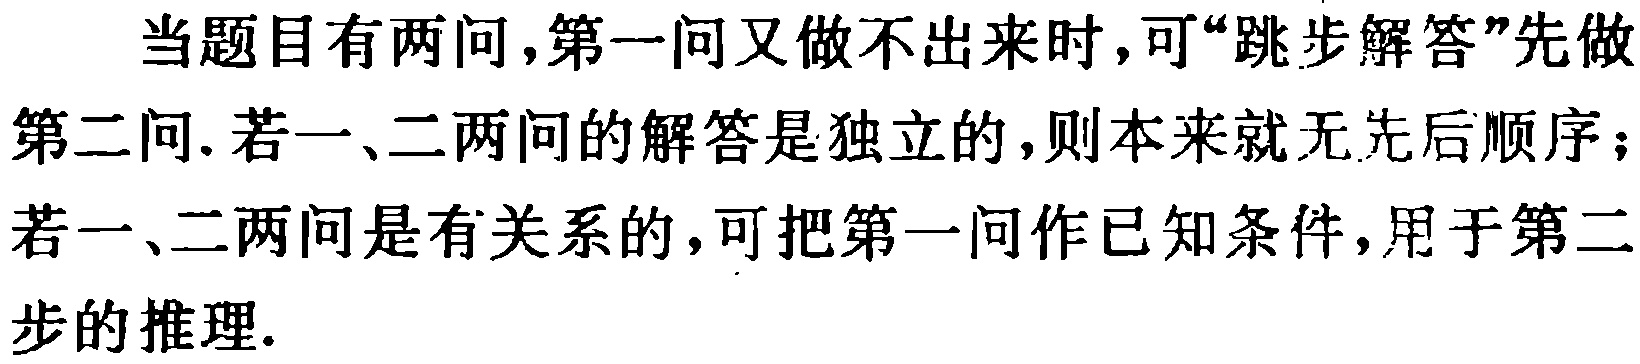
当题目有两问,第一问又做不出来时,可“跳步解答”先做
第二问. 若一、二两问的解答是独立的,则本来就无先后顺序；
若一、二两问是有关系的,可把第一问作已知条件,用于第二
步的推理.